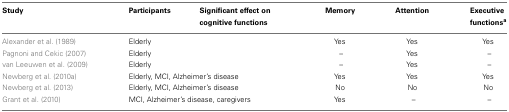
| Study | Participants | Significant effect oncognitive functions | Memory | Attention | Executive functionsa |
 | --- | --- | --- | --- | --- | --- |
 | Alexander et al. (1989) | <COLSPAN=2> Elderly | Yes | Yes | Yes |
 | Pagnoni and Cekic (2007) | <COLSPAN=2> Elderly | – | Yes | – |
 | van Leeuwen et al. (2009) | <COLSPAN=2> Elderly | – | Yes | – |
 | Newberg et al. (2010a) | <COLSPAN=2> Elderly, MCI, Alzheimer’s disease | Yes | Yes | Yes |
 | Newberg et al. (2013) | <COLSPAN=2> Elderly, MCI, Alzheimer’s disease | No | No | No |
 | Grant et al. (2010) | <COLSPAN=2> MCI, Alzheimer’s disease, caregivers | Yes | – | – |